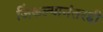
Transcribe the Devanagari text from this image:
जिंकल्यानंतरही